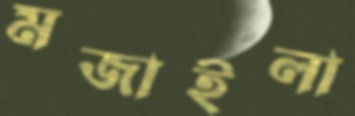
মজাইলা